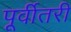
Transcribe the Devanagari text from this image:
पूर्वीतरी